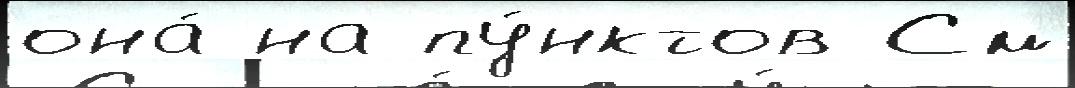
она́ на пу́нктов См